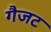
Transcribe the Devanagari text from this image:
गैजट